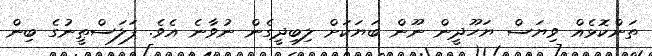
ތަންކޮޅެއް ވިޔަސް ޔަހޫދީން ނޫން ބަޔަކަށް ލިބިދީގެން ނުވާނެ އެވެ. ފަލަސްޠީނުގެ ބިން